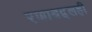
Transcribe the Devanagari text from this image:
रणाबद्दलही